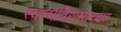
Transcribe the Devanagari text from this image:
स्वल्पविरामाच्या